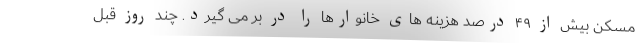
مسکن بیش از ۴۹ درصد هزینه های خانوارها را در بر می گیرد. چند روز قبل